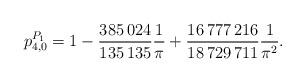
LaTeX: \begin{align*}p_{4,0}^{P_1}=1-\frac{385\,024}{135\,135}\frac1\pi+\frac{16\,777\,216}{18\,729\,711}\frac1{\pi^2}.\end{align*}